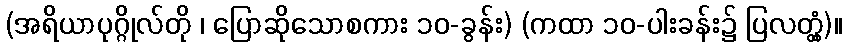
(အရိယာပုဂ္ဂိုလ်တို ၊ ပြောဆိုသောစကား ၁၀-ခွန်း) (ကထာ ၁၀-ပါးခန်း၌ ပြလတ္တံ့)။